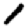
Digit: 1